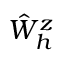
\hat { W } _ { h } ^ { z }